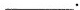
___.